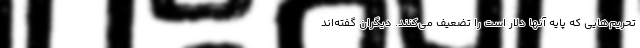
تحریم‌هایی که پایه آنها دلار است را تضعیف می‌کنند. دیگران گفته‌اند